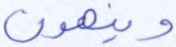
وينهون